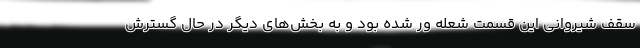
سقف شیروانی این قسمت شعله ور شده بود و به بخش‌های دیگر در حال گسترش